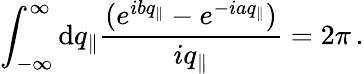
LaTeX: \int_{-\infty}^{\infty}\mathrm{d}q_{\Vert}\frac{{(e^{ibq_{\Vert}}-e^{-iaq_{\Vert}})}}{{iq_{\Vert}}}=2\pi\, .